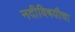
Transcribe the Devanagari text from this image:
नदीविषयीचा